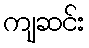
ကျဆင်း